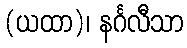
(ယထာ)၊ နင်္ဂလီသာ